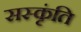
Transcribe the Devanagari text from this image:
सस्कृंति